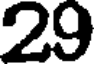
29